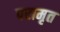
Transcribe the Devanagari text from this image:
परामृत